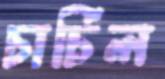
চার্চিল